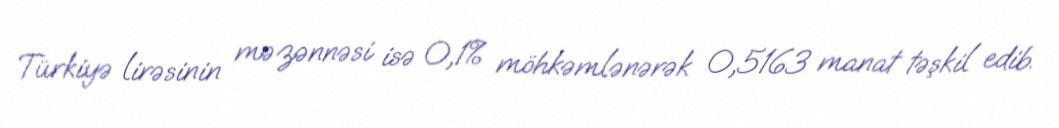
Türkiyə lirəsinin məzənnəsi isə 0,1% möhkəmlənərək 0,5163 manat təşkil edib.